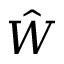
\hat { W }